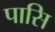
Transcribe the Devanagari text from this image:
पासि